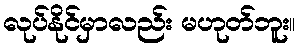
လုပ်နိုင်မှာလည်း မဟုတ်ဘူး။